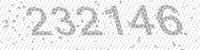
Solution: 232146